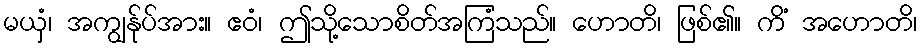
မယှံ၊ အကျွန်ုပ်အား။ ဧဝံ၊ ဤသို့သောစိတ်အကြံသည်။ ဟောတိ၊ ဖြစ်၏။ ကိံ အဟောတိ၊